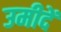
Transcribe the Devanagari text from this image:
उमीदें